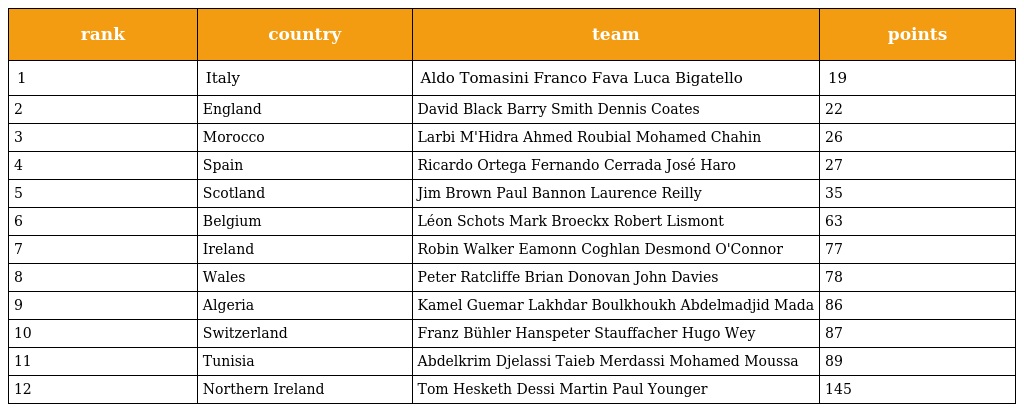
| rank | country | team | points |
 | --- | --- | --- | --- |
 | 1 | Italy | Aldo Tomasini Franco Fava Luca Bigatello | 19 |
 | 2 | England | David Black Barry Smith Dennis Coates | 22 |
 | 3 | Morocco | Larbi M'Hidra Ahmed Roubial Mohamed Chahin | 26 |
 | 4 | Spain | Ricardo Ortega Fernando Cerrada José Haro | 27 |
 | 5 | Scotland | Jim Brown Paul Bannon Laurence Reilly | 35 |
 | 6 | Belgium | Léon Schots Mark Broeckx Robert Lismont | 63 |
 | 7 | Ireland | Robin Walker Eamonn Coghlan Desmond O'Connor | 77 |
 | 8 | Wales | Peter Ratcliffe Brian Donovan John Davies | 78 |
 | 9 | Algeria | Kamel Guemar Lakhdar Boulkhoukh Abdelmadjid Mada | 86 |
 | 10 | Switzerland | Franz Bühler Hanspeter Stauffacher Hugo Wey | 87 |
 | 11 | Tunisia | Abdelkrim Djelassi Taieb Merdassi Mohamed Moussa | 89 |
 | 12 | Northern Ireland | Tom Hesketh Dessi Martin Paul Younger | 145 |